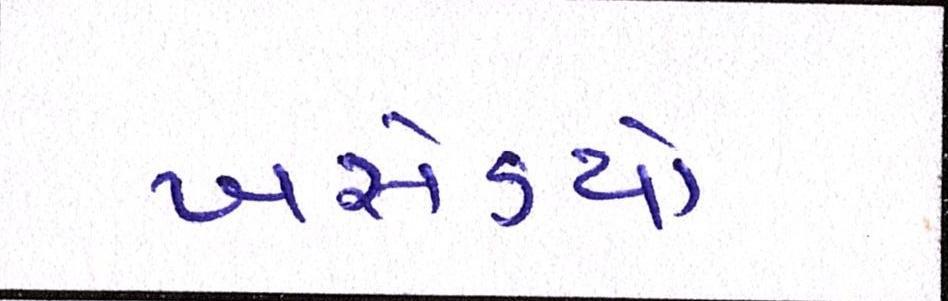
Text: ખસેડયો